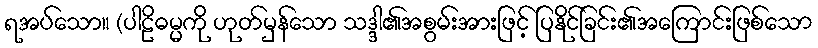
ရအပ်သော။ (ပါဠိဓမ္မကို ဟုတ်မှန်သော သဒ္ဒါ၏အစွမ်းအားဖြင့် ပြနိုင်ခြင်း၏အကြောင်းဖြစ်သော